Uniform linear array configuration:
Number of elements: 24
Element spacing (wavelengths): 0.25
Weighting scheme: kaiser
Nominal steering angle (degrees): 60
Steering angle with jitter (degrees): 61.391
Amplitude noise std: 0.05
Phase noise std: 0.05

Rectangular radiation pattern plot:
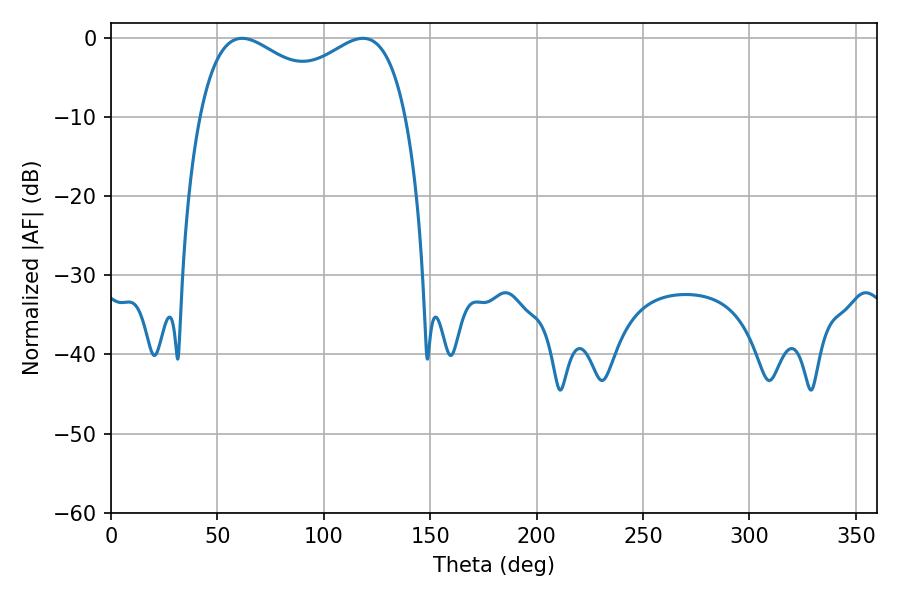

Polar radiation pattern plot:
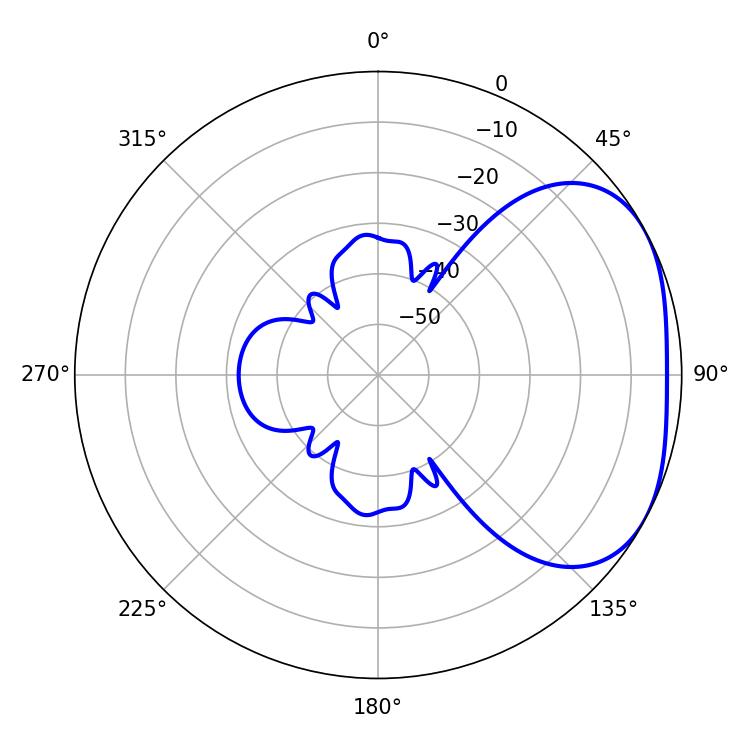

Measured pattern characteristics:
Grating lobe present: FALSE
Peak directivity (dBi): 2.877
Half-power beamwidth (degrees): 81
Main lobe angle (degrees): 61.56